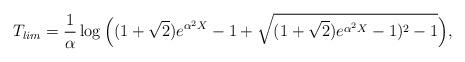
LaTeX: \begin{align*}T_{lim} =\frac{1}{\alpha} \log \Big((1+\sqrt{2}) e^{\alpha^2 X} -1+\sqrt{(1+\sqrt{2}) e^{\alpha^2 X} -1)^2-1}\Big),\end{align*}